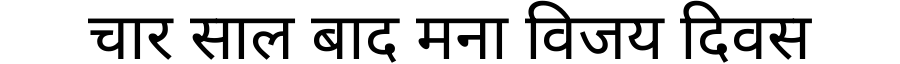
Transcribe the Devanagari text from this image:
चार साल बाद मना विजय दिवस